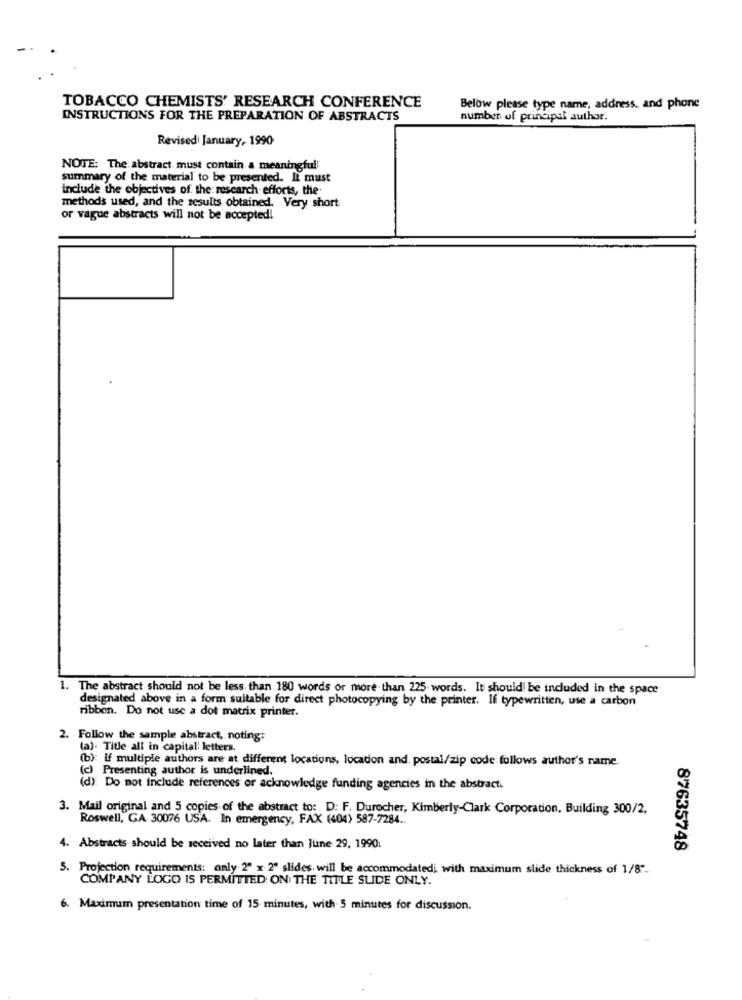
TOBACCO CHEMISTS' RESEARCH CONFERENCE
Below please type name, address, and phone
INSTRUCTIONS FOR THE PREPARATION OF ABSTRACTS
number of principal author.
Revised January, 1990
NOTE: The abstract must contain a meaningful
summary of the material to be presented. It must
include the objectives of the: research efforts, the
methods used, and the results obtained. Very short
or vague abstracts will not be accepted!
1. The abstract should not be less than 180 words or more than 225 words. It should be included in the space
designated above in a form suitable for direct photocopying by the printer. If typewritten, use a carbon
ribbon. Do not use a dot matrix printer.
2. Follow the sample abstract, noting:
(a). Title all in capital letters.
(b): If multiple authors are at different locations, location and. postal/zip code follows author's name.
(c) Presenting author is underlined.
(d) Do not include references or acknowledge funding agencies in the abstracti
3. Mail original and 5 copies of the abstract to: D: F. Durocher, Kimberly-Clark Corporation, Building 300/2.
Roswell, GA 30076 USA. In emergency, FAX (404) 587-7284 ..
4. Abstracts should be received no later than June 29, 1990
87635748
5. Projection requirements: only 2" x 2" slides. will be accommodatedi, with maximum slide thickness of 1/8".
COMPANY LOGO IS PERMITTED ON THE TITLE SLIDE ONLY.
6. Maximum presentation time of 15 minutes, with 5 minutes for discussion.